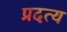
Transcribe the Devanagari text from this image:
प्रदत्य